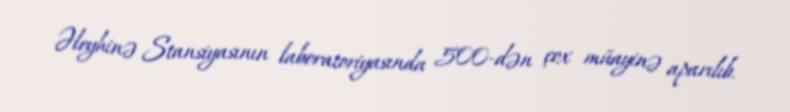
Əleyhinə Stansiyasının laboratoriyasında 500-dən çox müayinə aparılıb.